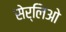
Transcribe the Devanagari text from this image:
सेर्लिओ